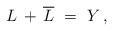
LaTeX: \begin{align*} L \,+\, \overline L \ = \ Y \,,\end{align*}